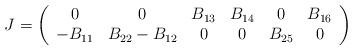
LaTeX: \begin{align*}J=\left (\begin{array}{cccccc} 0 & 0 & B_{13} & B_{14} &0 & B_{16}\\-B_{11} & B_{22}-B_{12} & 0 & 0 & B_{25} & 0 \end{array}\right)\end{align*}